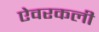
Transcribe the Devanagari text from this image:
ऐवरकली